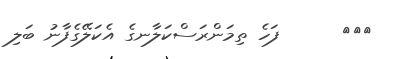
١٤٥      ފަހެ ތިމަންރަސްކަލާނގެ އެކަލޭގެފާނު ބަލި